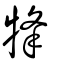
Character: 㸼